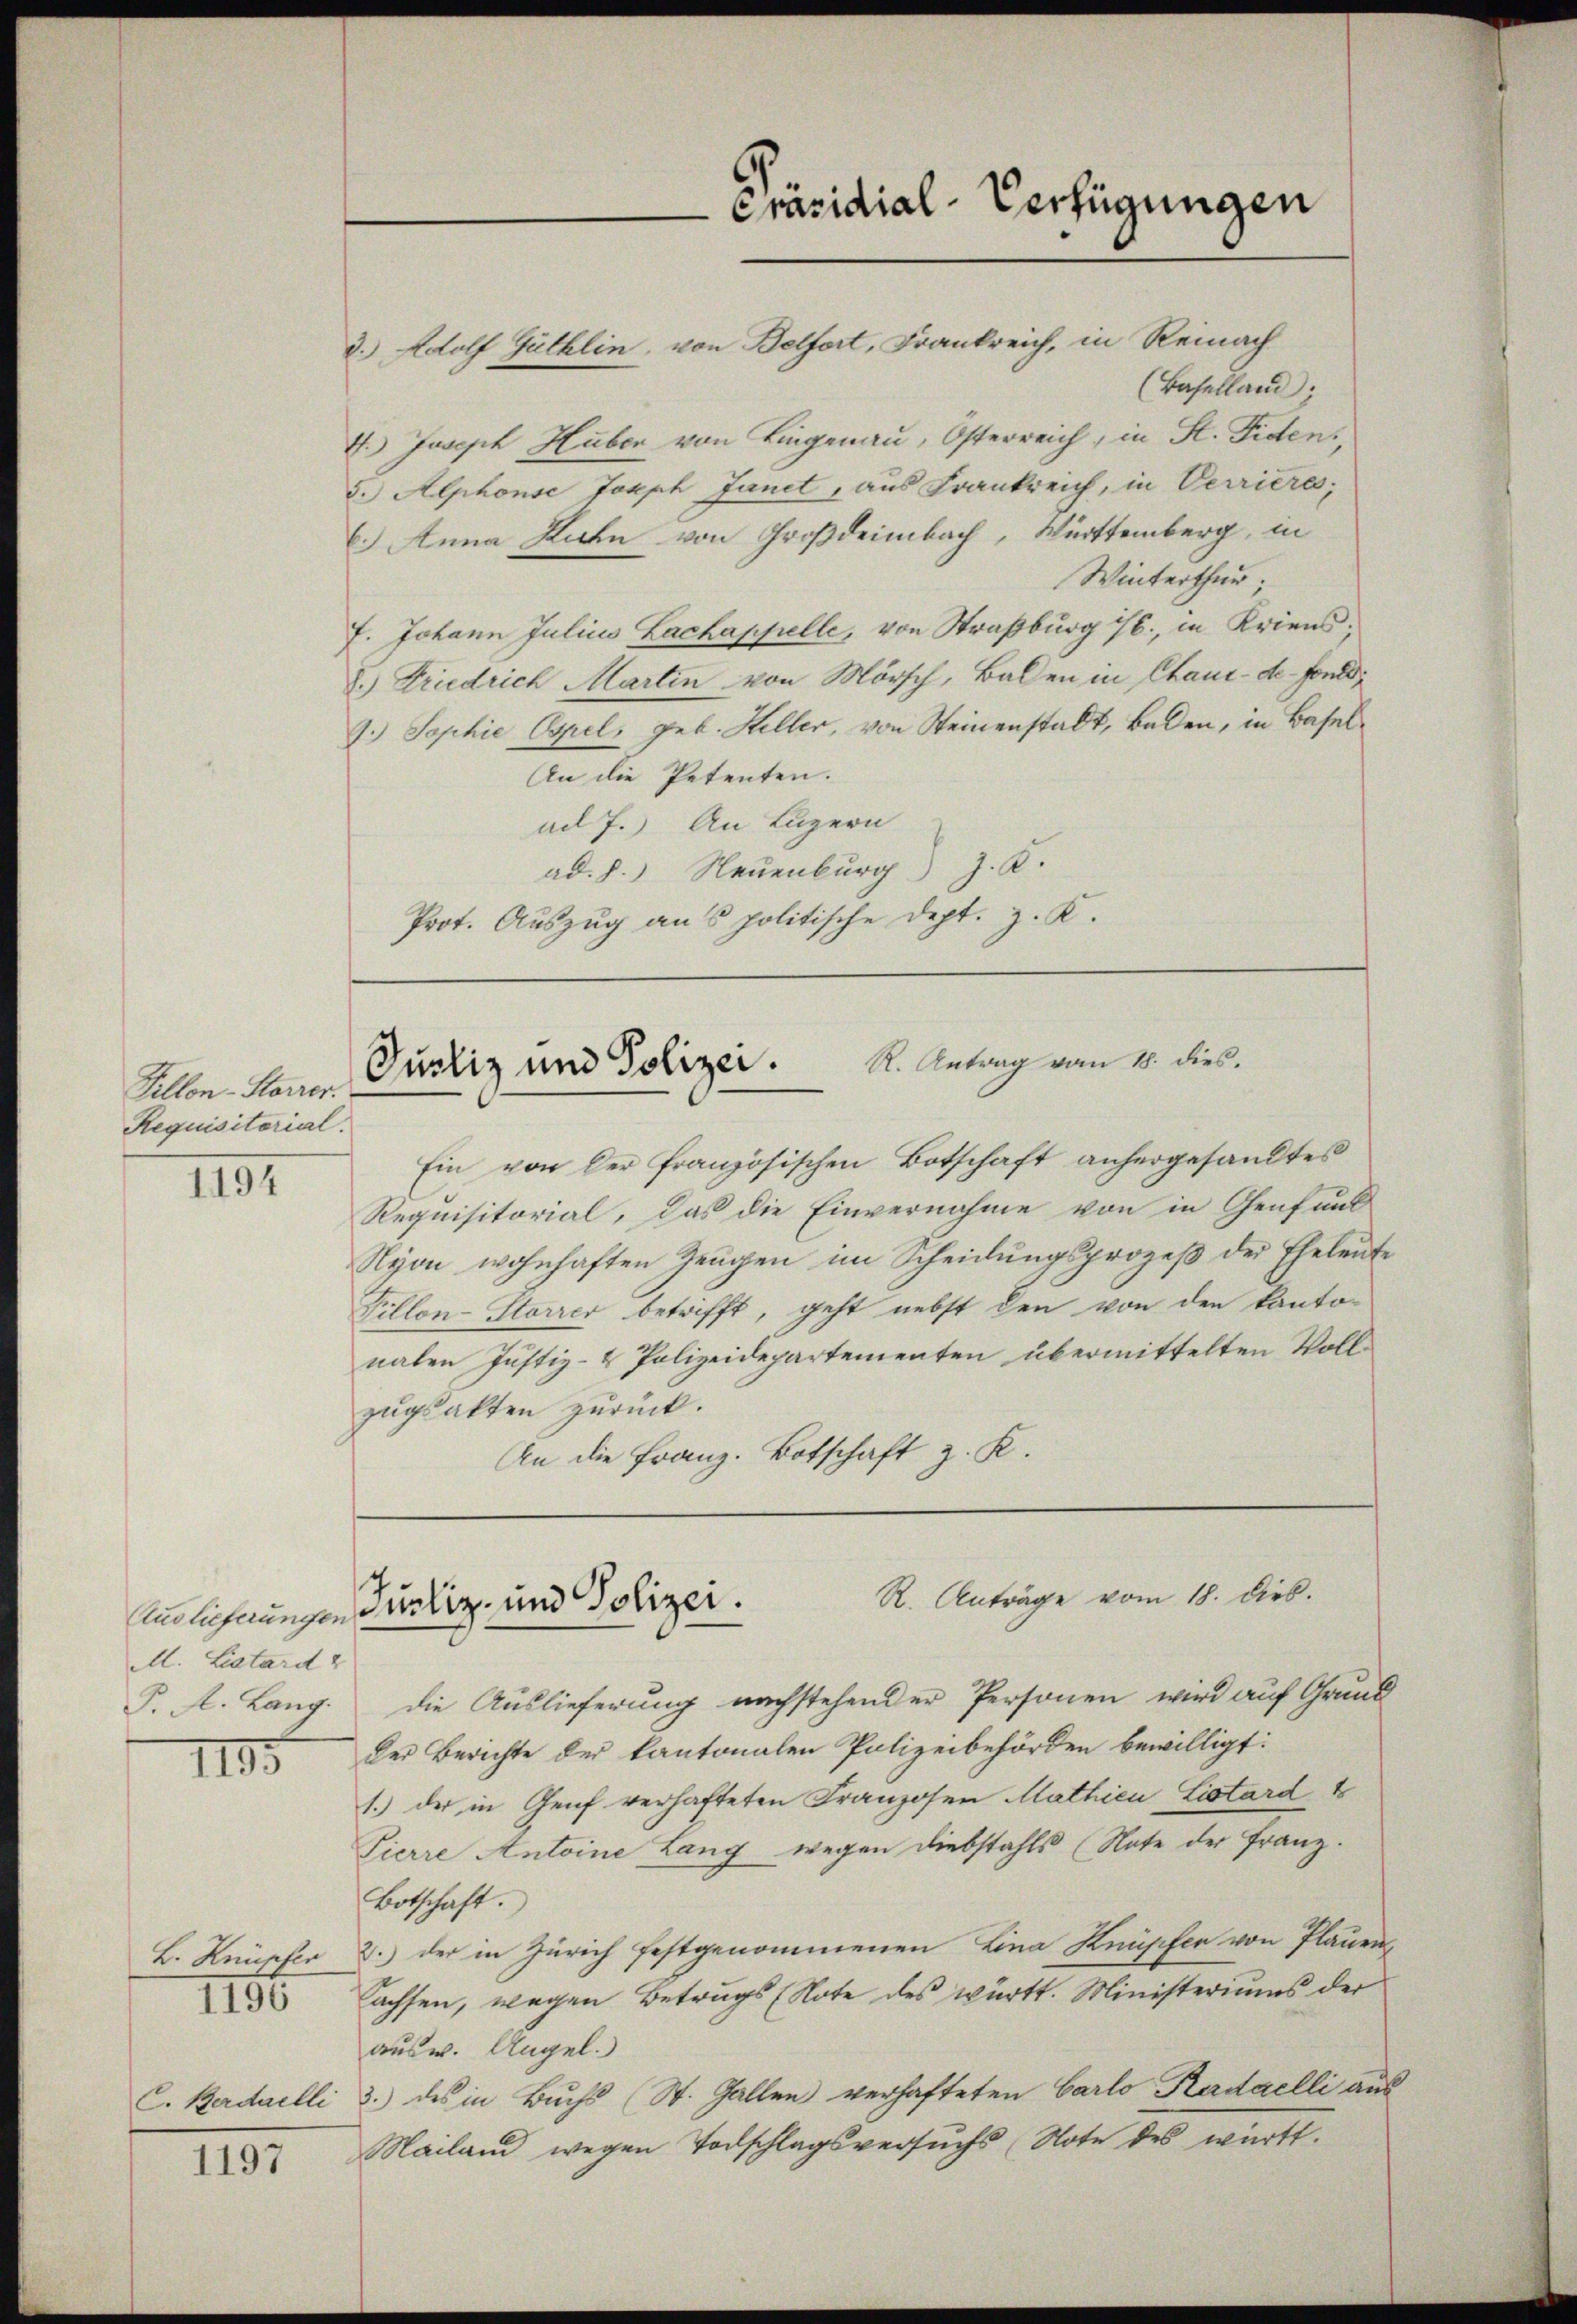
Killon-Storrer.
Requisitorial.
1194

1195

L. Knüpfer
C. Bedailli

1196

1197

(Baselland;
4. Joseph Huber von Liegenau, Osterreich, in St. Fiden,
5.) Alphonse Joseph Janet, aus Frankreich, in Verrieres,
6.) Anna Kuhn von Großdeimbach, Württemberg, in
Winterthur;
7. Johann Julius Lachappelle, von Straßburg 76., in Kriens;
2.) Friedrich Martin von Mörsch, Balen in Chaux-de-Fond
7.) Sophie Ospel, geb. Heller, von Steinenstalt, Baden, in Basel¬
An die Petenten.
ad 7.) An Luzern
ad. J.) Neuenburg) J. K.
Prot. Auszug aus politische Dept. z. K.

M. Listard &
P. A. Lang.

Präsidial-Verfügungen

d. Adolf Güthlin, von Belfort, Frankreich, in Reinach

R. Antrag vom 18. dies.
Purliz und Polizei.

R. Anträge vom 18. dies.
Endlichnungen Justiz- und Polizei.

Ein von der französischen Botschaft anhergesandtes
Requisitorial, das die Einvernahme von in Genf und
Nyon wohnhaften Zeugen im Scheidungsprozeß der Eheleute
Fillon-Storrer betrifft, geht nebst den von den kanto-
naben Justiz- & Polizeidepartementen übermittelten Vollzŭgsakten zurück.
An die Franz. Botschaft z. K.

die Auslieferung nachstehender Personen wird auf Grund
der Berichte der kantonalen Polizeibehörden bewilligt:
1.) der in Genf verhafteten Franzosen Mathicu Listard
Pierre Antoine Lang wegen Diebstahls (Nate der Franz.
Botschaft.
2.) der in Zürich festgenommenen Lina Knüpfte von Plauen-
lachsen, wegen Betrugs (Note des württ. Ministeriums der
ausw. Angel.
3.) des in Buchs (St. Gallen verhafteten Carlo Kadaelli aus
Mailand wegen Todschlagsversŭchs (Note des württ.